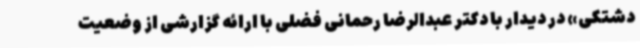
دشتکی» در دیدار با دکتر عبدالرضا رحمانی فضلی با ارائه گزارشی از وضعیت